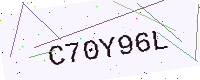
Text: C70Y96L